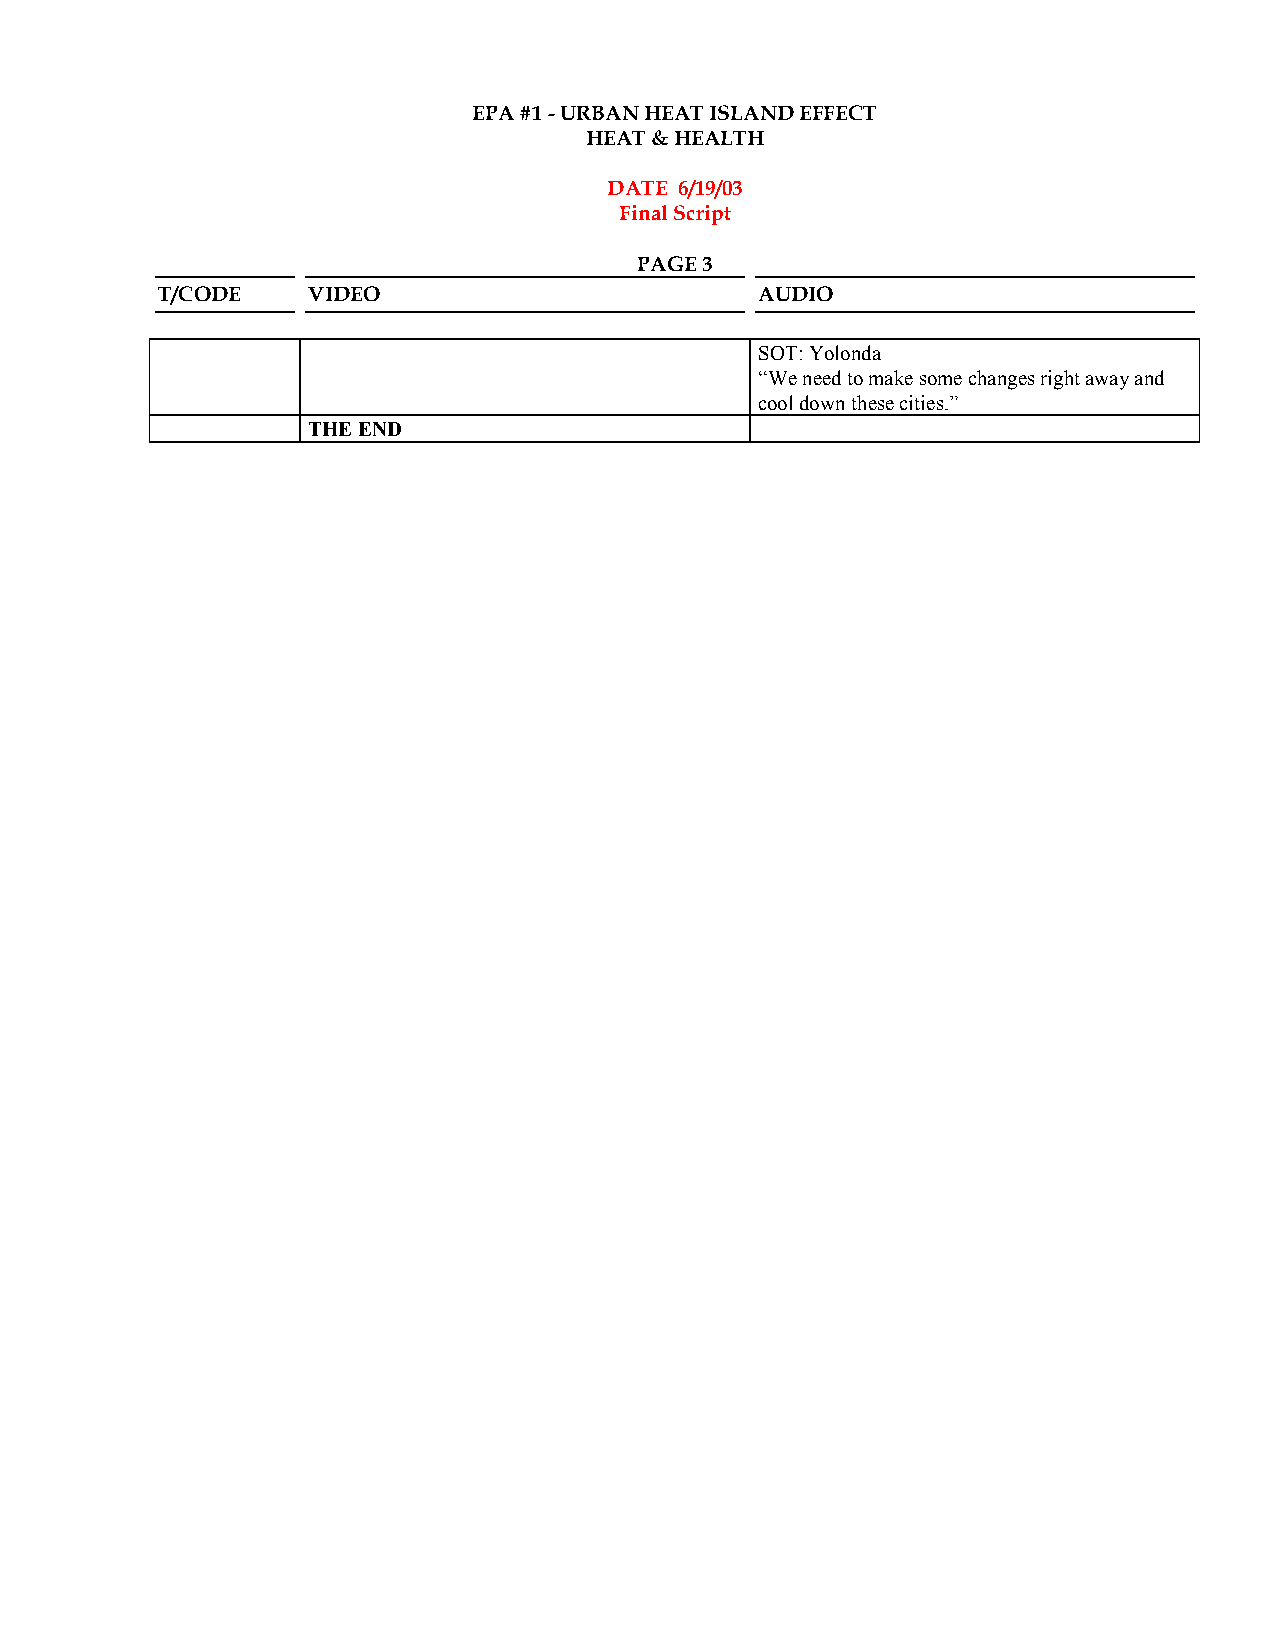
EPA #1 - URBAN HEAT ISLAND EFFECT
 HEAT & HEALTH
 DATE 6/19/03
 Final Script
 PAGE 3
 T/CODE    VIDEO                         AUDIO
 SOT: Yolonda
 “We need to make some changes right away and
 cool down these cities.”
 THE END